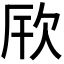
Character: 𪴪